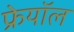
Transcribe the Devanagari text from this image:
फ्रेयॉल